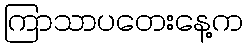
ကြာသာပတေးနေ့က